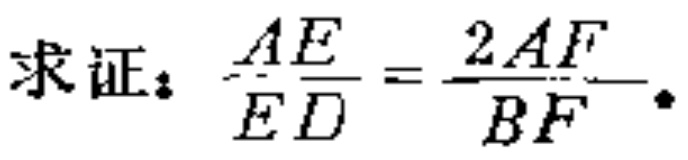
求证：$\frac{AE}{ED}=\frac{2AF}{BF}$.